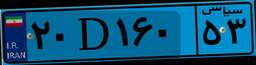
۶۲D۸۶۹۰۶